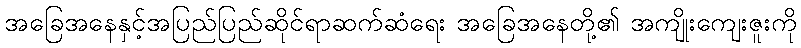
အခြေအနေနှင့်အပြည်ပြည်ဆိုင်ရာဆက်ဆံရေး အခြေအနေတို့၏ အကျိုးကျေးဇူးကို